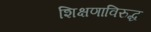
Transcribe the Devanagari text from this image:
शिक्षणाविरुद्ध